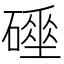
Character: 𥖌